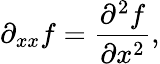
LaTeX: \partial_{xx}f={\frac{\partial^{2}f}{\partial x^{2}}},